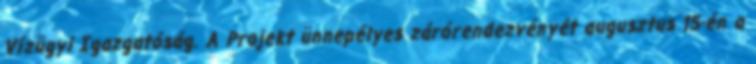
Vízügyi Igazgatóság. A Projekt ünnepélyes zárórendezvényét augusztus 15-én a